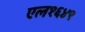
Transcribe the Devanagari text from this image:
एल१६४९